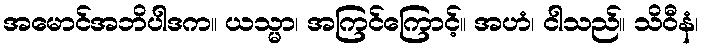
အမောင်အဘိပါဒက။ ယသ္မာ၊ အကြင်ကြောင့်။ အဟံ၊ ငါသည်။ သိဝီနံ၊